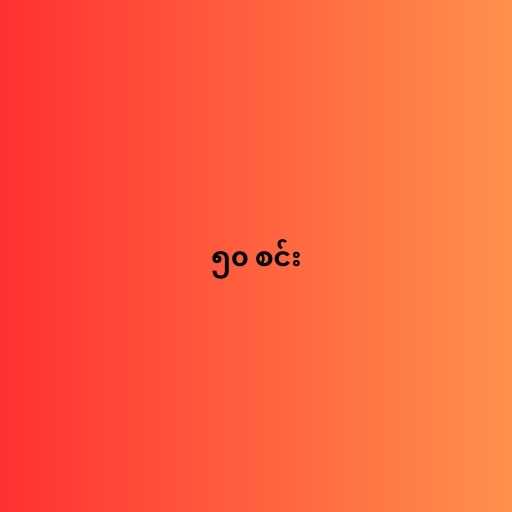
၅၀ စင်း